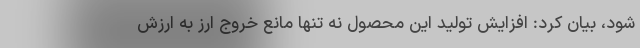
شود، بیان کرد: افزایش تولید این محصول نه تنها مانع خروج ارز به ارزش